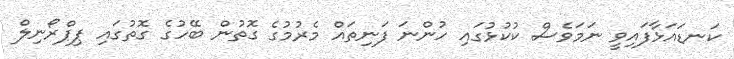
ކަނޑައަޅާފައިވީ ނަމަވެސް ކުކުޅުގައި ހުންނަ ފަނިތައް މެރުމުގެ ގޮތުން ބޭހުގެ ގޮތުގައި ޕިޕްރޯނިލް